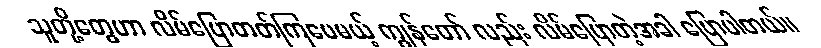
သူတို့တွေဟာ လိမ်ပြောတတ်ကြပေမယ့် ကျွန်တော် လည်း လိမ်ပြောတဲ့အခါ ပြောပါတယ်။